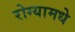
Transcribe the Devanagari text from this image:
रोग्यामधे